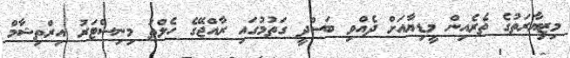
މިޒިޔާރަތުގެ ތެރެއިން މީޑިޔާއަށް ދެއްވި ބަސްދީ ގަތުމުގައި ރާއްޖޭގެ ހެލްތު މިނިސްޓަރު އިރްތިޝާމް